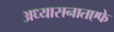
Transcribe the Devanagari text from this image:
अध्यासनातएफे